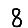
Digit: 8